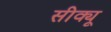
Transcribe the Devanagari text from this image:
सीक्यू